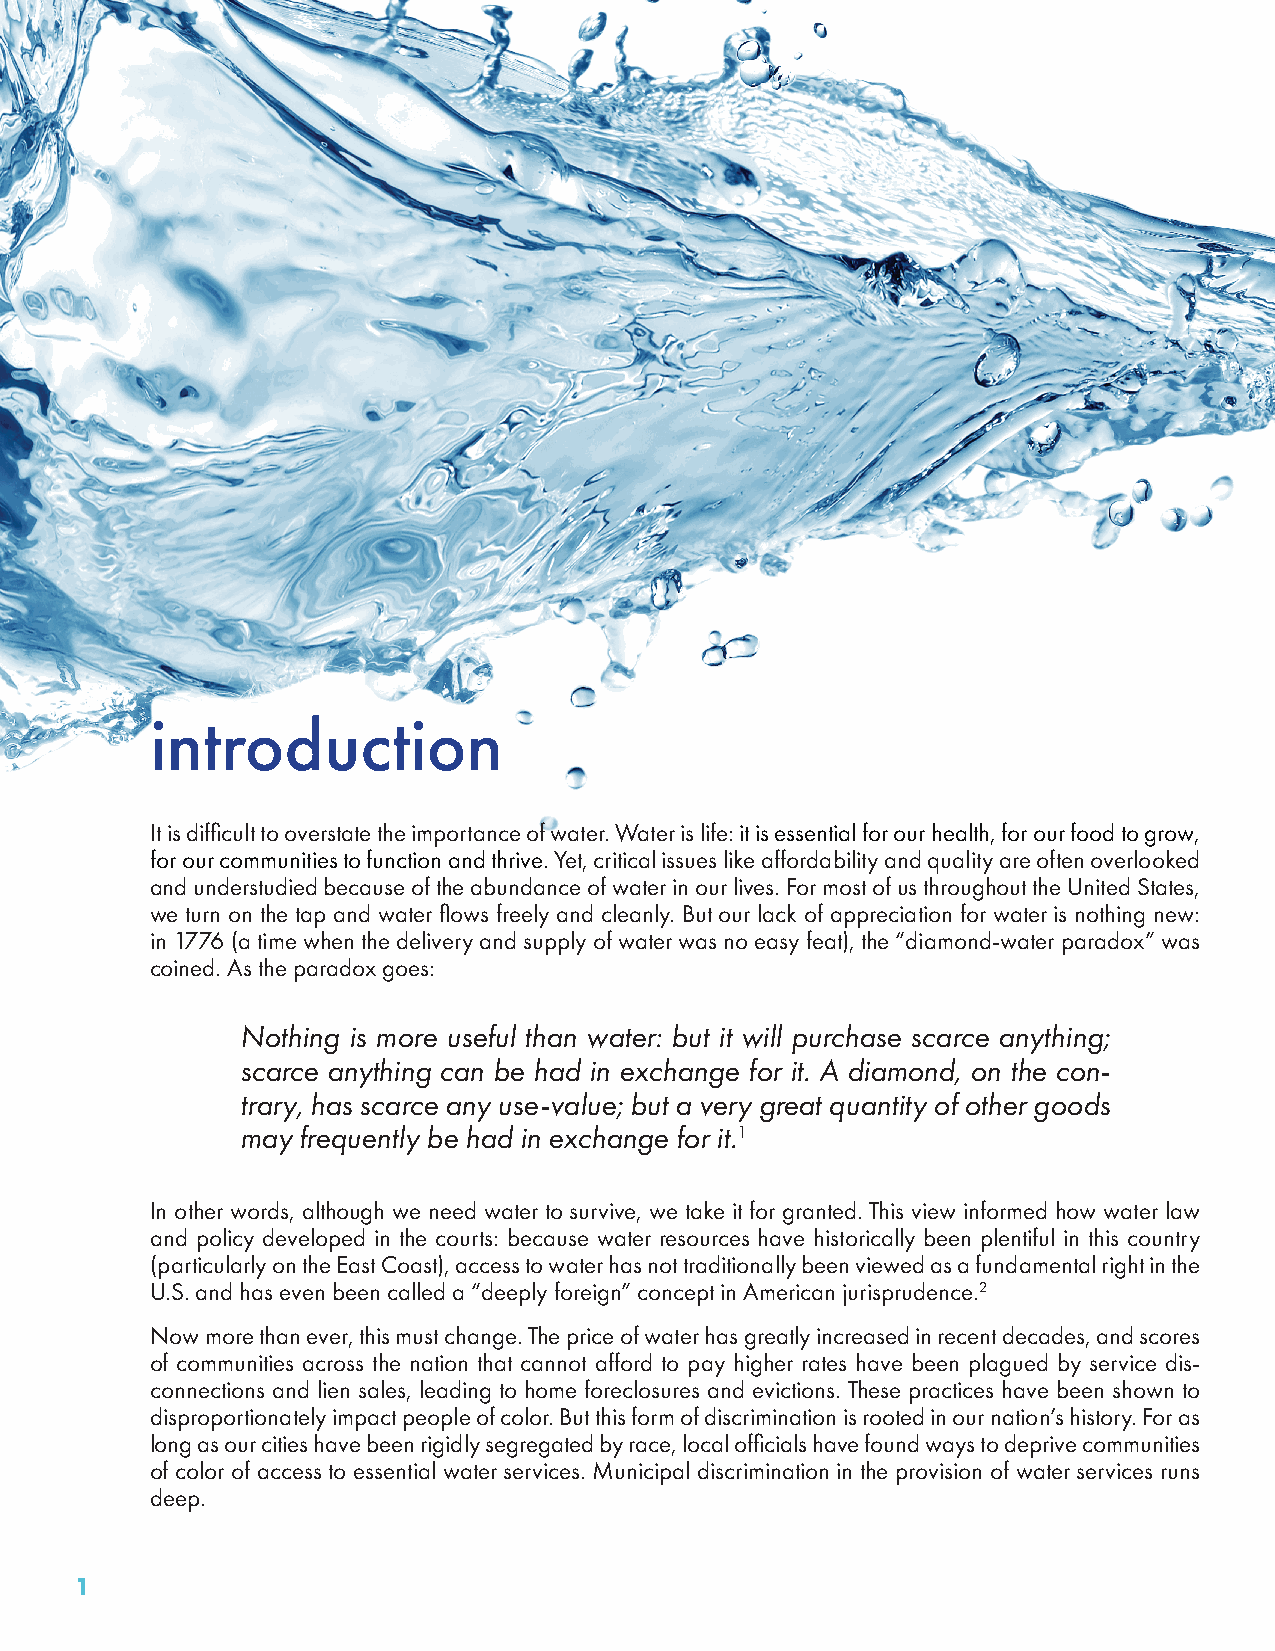
introduction
 It is difficult to overstate the importance of water. Water is life: it is essential for our health, for our food to grow,
 for our communities to function and thrive. Yet, critical issues like affordability and quality are often overlooked
 and understudied because of the abundance of water in our lives. For most of us throughout the United States,
 we turn on the tap and water flows freely and cleanly. But our lack of appreciation for water is nothing new:
 in 1776 (a time when the delivery and supply of water was no easy feat), the “diamond-water paradox” was
 coined. As the paradox goes:
 Nothing is more useful than water: but it will purchase scarce anything;
 scarce anything can be had in exchange for it. A diamond, on the con-
 trary, has scarce any use-value; but a very great quantity of other goods
 may frequently be had in exchange for it.1
 In other words, although we need water to survive, we take it for granted. This view informed how water law
 and policy developed in the courts: because water resources have historically been plentiful in this country
 (particularly on the East Coast), access to water has not traditionally been viewed as a fundamental right in the
 U.S. and has even been called a “deeply foreign” concept in American jurisprudence.2
 Now more than ever, this must change. The price of water has greatly increased in recent decades, and scores
 of communities across the nation that cannot afford to pay higher rates have been plagued by service dis-
 connections and lien sales, leading to home foreclosures and evictions. These practices have been shown to
 disproportionately impact people of color. But this form of discrimination is rooted in our nation’s history. For as
 long as our cities have been rigidly segregated by race, local officials have found ways to deprive communities
 of color of access to essential water services. Municipal discrimination in the provision of water services runs
 deep.
 1